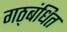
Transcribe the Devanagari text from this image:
गठ्बंधित